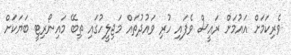
ވެރިކަމަށް އައުމަށް ރައީސް ވެފައި ހުރި ވައުދުތައް މަޖިލީހުގައި ތިބޭ މައިނޯރިޓީ ބަޔަކަށް